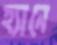
হ্যানে